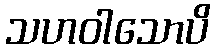
သဟဝါသောပိ